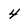
Character: 4